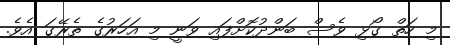
މި ހަތް ގޯޅި ވެސް ބަންދުކޮށްފައި ވަނީ މި އަހަރުގެ ތެރޭގަ އެވެ.